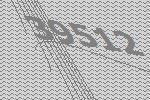
39512